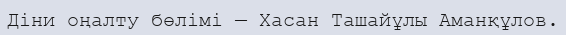
Діни оңалту бөлімі — Хасан Ташайұлы Аманқұлов.